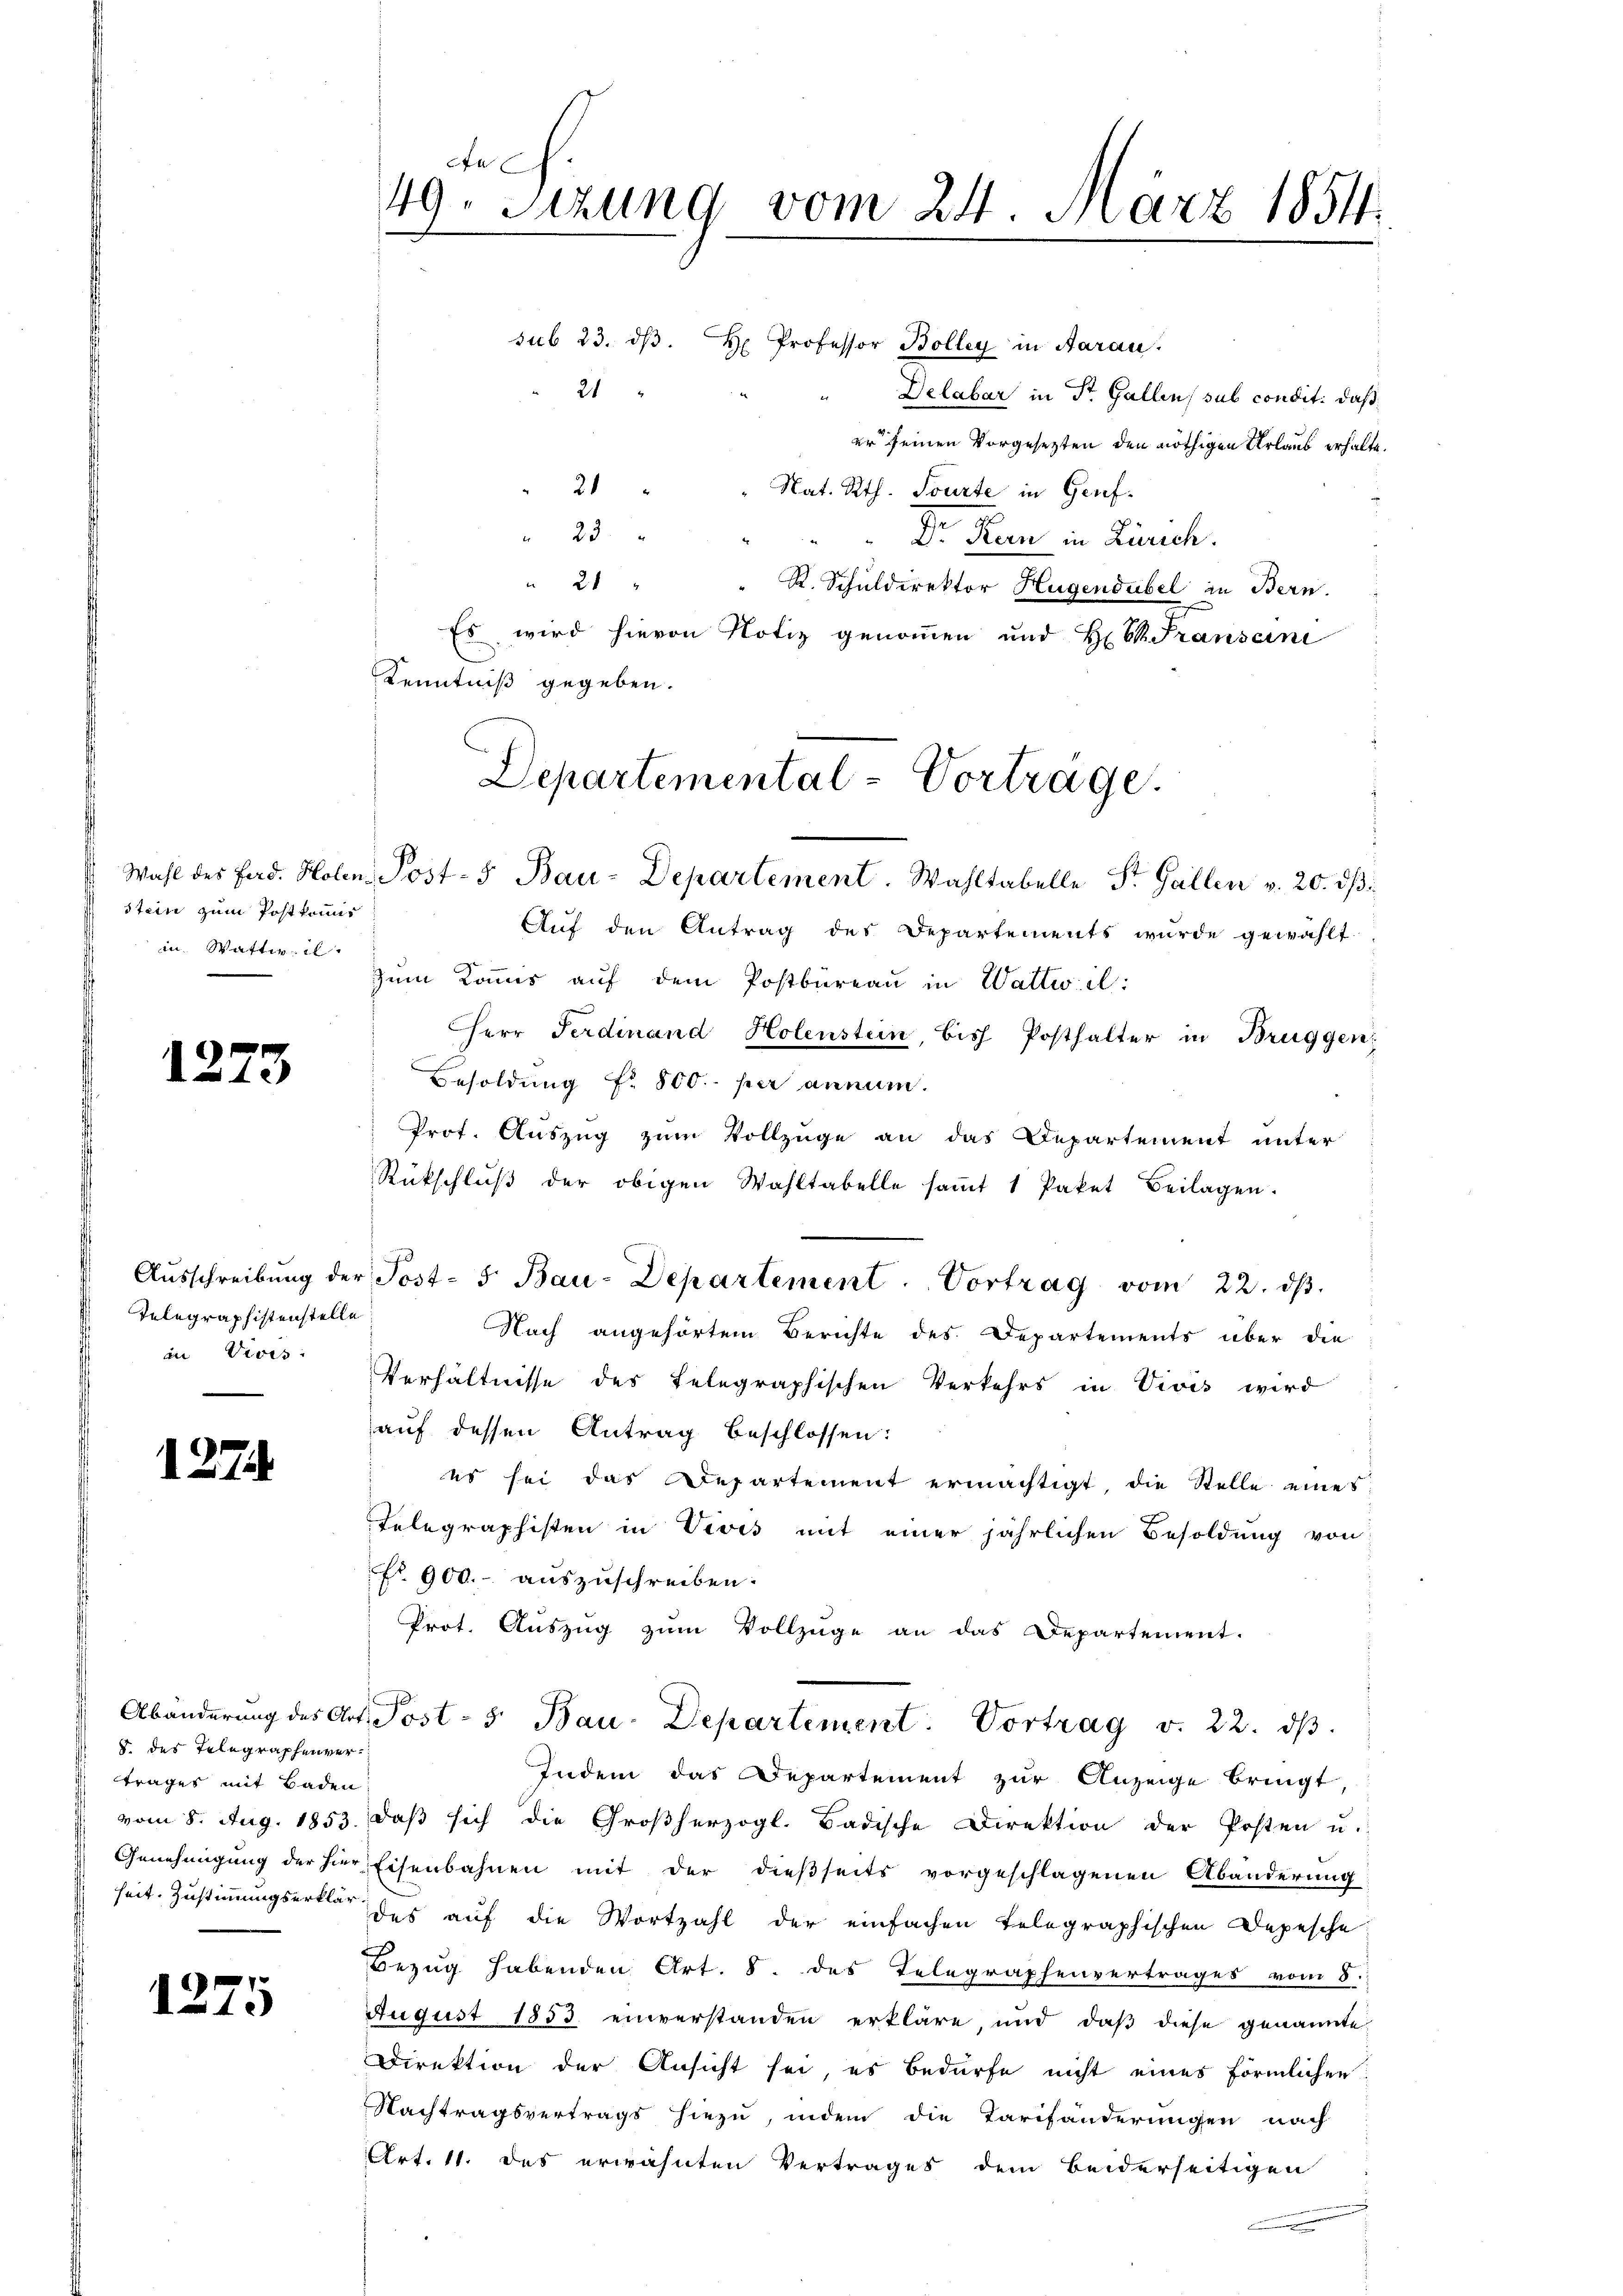
Stein zum Postkomin Watti il

1273

Telegraphistenstelle
in Vivis:

127

5. des Telegraphenvertrages mit Baden

1275

Jech.
49. Sitzung vom 24. März 1854.

sub 23. dβ. H. Professor Bolleg in Aarau
21
Delabar in Dr. Gallen, sub condit: daß
er seinen Vorgesetzten den nöthigen Urlaub erhalte.
2 " Nat. Rth. Tourte in Genf
" 23
Dr. Kern in Zürich.
 21
 St. Schuldirektor Hugendübel in Bern.
Es wird hievon Notiz genommen und H. V. Transcini
Kenntniß gegeben.
Auf den Antrag des Departements wurde gewählt
zŭm Kommis aŭf dem Postbüreaŭ in Wattwil:
Herr Ferdinand Holenstein, bis Posthalter in Brüggen
Besoldung fr. 800 per annum.
Prof. Auszug zum Vollzüge an das Departement unter
Rückschlŭβ der obigen Wahltabelle saṁt 1 Paket Beilagen.
Nach angehörtem Berichte des Departements über die
Verhältnisse des Telegraphischen Verkehrs in Vivis wird
auf dessen Antrag beschlossen:
es sei das Departement ermächtigt, die Stelle eines
Telegraphisten in Vivis mit einer jährlichen Besoldung von
fr. 900.- auszuschreiben.
Prot. Aŭszŭg zŭm Vollzüge an das Departement.
Abänderung des Art. Post- 5. Bau-Departement. Vortrag v. 22. dβ.
Indem das Departement zur Anzeige bringt,
vom 8. Aug. 1853. daß sich die Großherzogl. Badische Direktion der Posten u.
Genehmigung der hier Eisenbahnen mit der dießseits vorgeschlagenen Abänderung
heit. Zustimmungserkläre des auf die Wortzahl der einfachen telegraphischen Depesche
Bezug habenden Art. 8. des Telegraphenvertrages vom 8.
August 1853 einverstanden erkläre, und daß diese genannte
Direktion der Ansicht sei, es bedürfe nicht eines förmlichen:
Nachtragsvertrags hiezu, indem die Tarifänderungen nach
Art. 11. des erwähnten Vertrages dem beiderseitigen
.

Departemental-Vortrage.
 Wahl des Ferd. Holen, Post- 5 Bau-Departement. Wahltabelle St. Gallen v. 20. dβ

Aŭsschreibŭng der Post- 5 Bau-Departement. Vortrag vom 22. dβ.